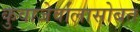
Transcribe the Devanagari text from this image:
कुवाजेर्वालासोबत